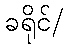
ခရိုင်/